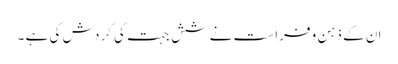
ان کے ذہن و فراست نے شش جہت کی گردش کی ہے ۔